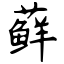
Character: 藓